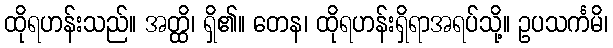
ထိုရဟန်းသည်။ အတ္ထိ၊ ရှိ၏။ တေန၊ ထိုရဟန်းရှိရာအရပ်သို့။ ဥပသင်္ကမိ၊